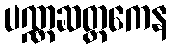
ပဏ္ဏဆတ္တကေန